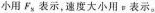
小用F_{x}表示，速度大小用v表示。